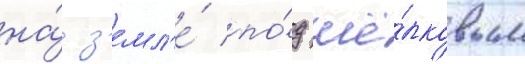
на́ з'емл'е́ по́д шё́лковым